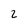
Character: 2